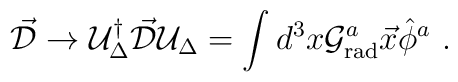
\vec{\cal D} \to {\cal U}_{\Delta}^{\dagger} \vec{\cal D} {\cal U}_{\Delta} =\int d^3x  {\cal G}_{\rm rad}^a \vec{x} \hat{\phi}^a \ .